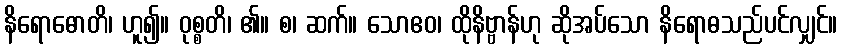
နိရောဓောတိ၊ ဟူ၍။ ဝုစ္စတိ၊ ၏။ စ၊ ဆက်။ သောဧဝ၊ ထိုနိဗ္ဗာန်ဟု ဆိုအပ်သော နိရောဓသည်ပင်လျှင်။